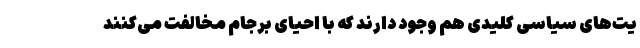
یت‌های سیاسی کلیدی هم وجود دارند که با احیای برجام مخالفت می‌کنند